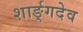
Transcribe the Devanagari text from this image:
शार्ङ्‌गदेव